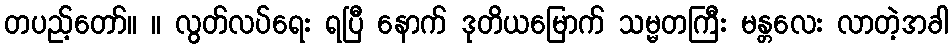
တပည့်တော်။ ။ လွတ်လပ်ရေး ရပြီ နောက် ဒုတိယမြောက် သမ္မတကြီး မန္တလေး လာတဲ့အခါ